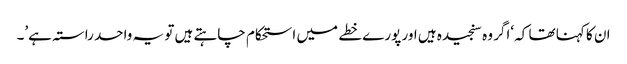
ان کا کہنا تھا کہ ‘اگر وہ سنجیدہ ہیں اور پورے خطے میں استحکام چاہتے ہیں تو یہ واحد راستہ ہے’۔